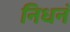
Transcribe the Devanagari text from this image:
निधनं